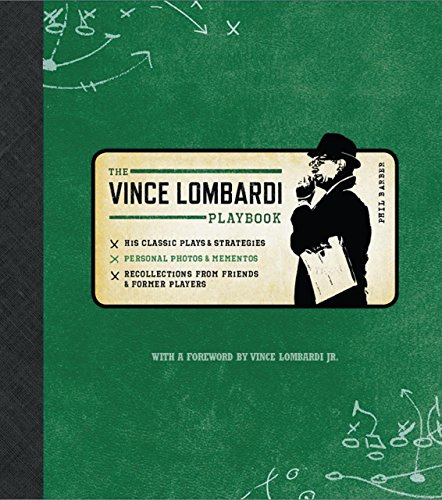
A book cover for Official Vince Lombardi Playbook: * His Classic Plays & Strategies * Personal Photos & Mementos * Recollections From Friends & Former Players; Phil Barber; Sports & Outdoors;